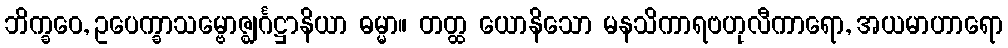
ဘိက္ခဝေ, ဥပေက္ခာသမ္ဗောဇ္ဈင်္ဂဋ္ဌာနိယာ ဓမ္မာ။ တတ္ထ ယောနိသော မနသိကာရဗဟုလီကာရော, အယမာဟာရော